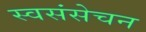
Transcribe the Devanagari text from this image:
स्वसंसेचन